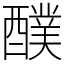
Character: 醭